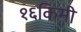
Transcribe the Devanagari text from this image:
१६किमी